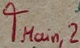
Text: TMain,2